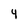
Character: 4